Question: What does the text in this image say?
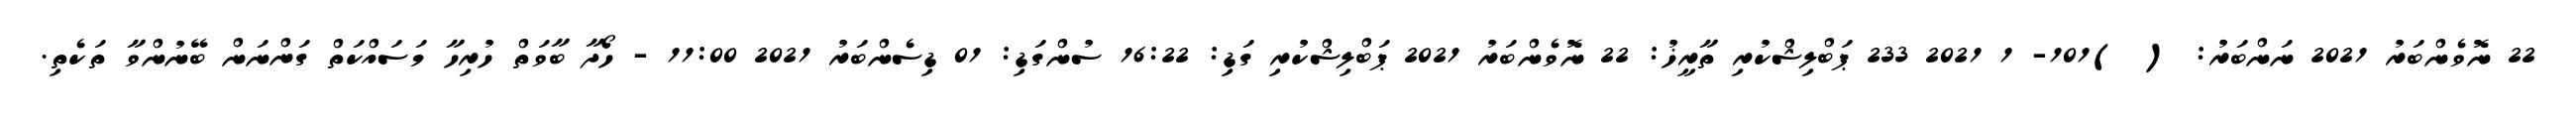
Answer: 22 ނޮވެންބަރު 2021 ނަންބަރު: ( )101- 1 2021 233 ޕަބްލިޝްކުރި ތާރީޚު: 22 ނޮވެންބަރު 2021 ޕަބްލިޝްކުރި ގަޑި: 16:22 ސުންގަޑި: 01 ޑިސެންބަރު 2021 11:00 - ހޯދާ ބާވަތް ހުރިހާ މަސައްކަތް ގަންނަން ބޭނުންވާ ތަކެތި.